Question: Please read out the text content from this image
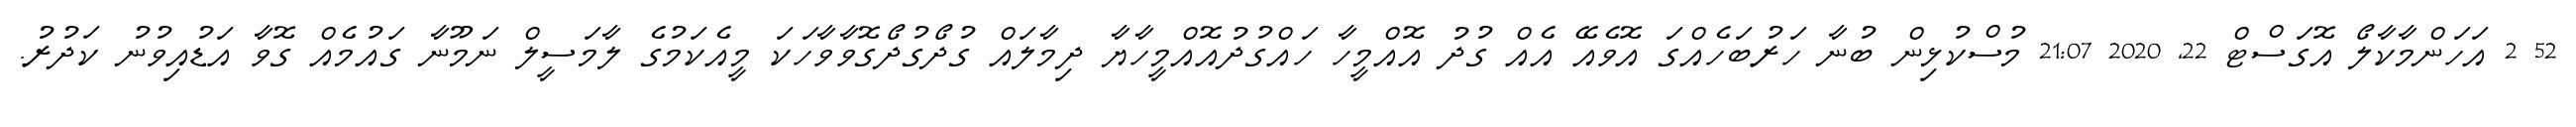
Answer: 52 2 އަހަންމާކާލޯ އޮގަސްޓް 22, 2020 21:07 މުސްކުޅިން ބުނާ ހަރުބަހެއްގަ އޮވެއޭ އެއް ގުދު އޮއްމީހާ ހައްގުދުއޮއްމީހާޔާ ދިމާލައް ގުދޯގުދޯގޮވާވާހަކަ މީއެކަމުގެ ލާމަސީލް ނަމޫނާ ގައުމެއް ގޮވާ އަޑުއިވުނު ކަދުރު.